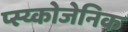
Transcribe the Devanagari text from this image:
प्स्य्कोजेनिक